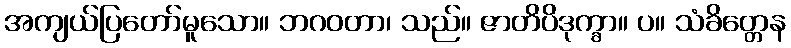
အကျယ်ပြတော်မူသော။ ဘဂဝတာ၊ သည်။ ဇာတိပိဒုက္ခာ။ ပ။ သံခိတ္တေန